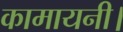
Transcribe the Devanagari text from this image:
कामायनी।